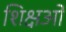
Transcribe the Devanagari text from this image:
शिक्षओं